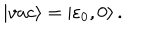
| v a c \rangle = \left| { \varepsilon } _ { 0 } , 0 \right\rangle .